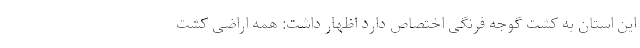
این استان به کشت گوجه فرنگی اختصاص دارد اظهار داشت: همه اراضی کشت